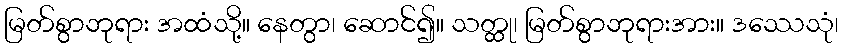
မြတ်စွာဘုရား အထံသို့။ နေတွာ၊ ဆောင်၍။ သတ္ထု၊ မြတ်စွာဘုရားအား။ ဒဿေသုံ၊